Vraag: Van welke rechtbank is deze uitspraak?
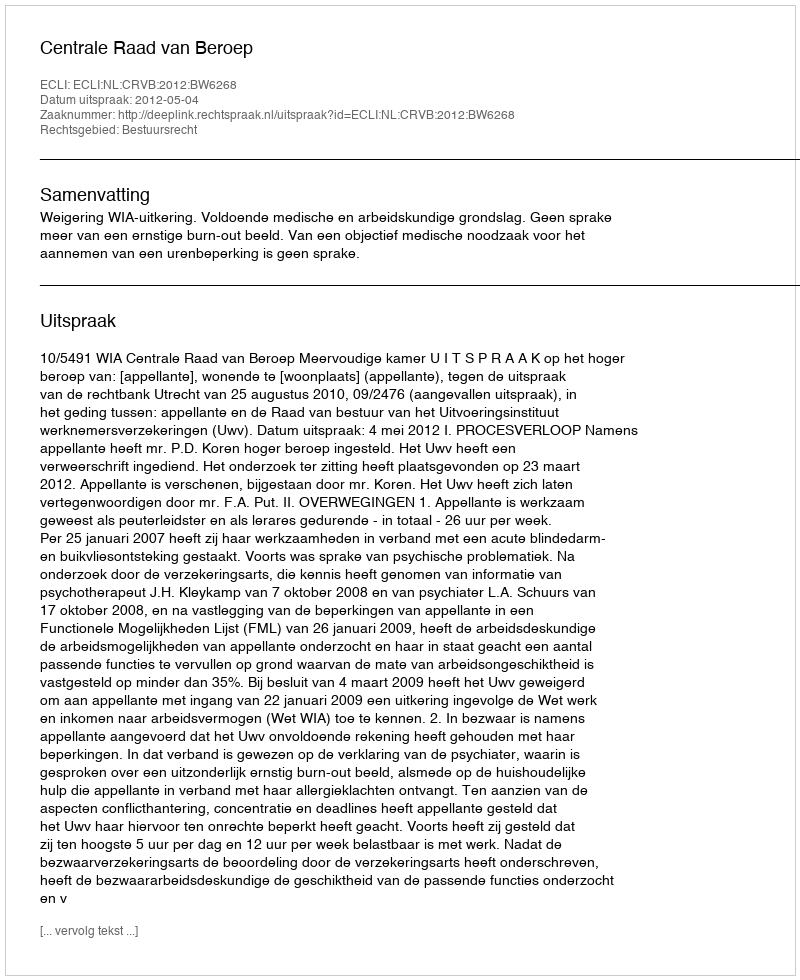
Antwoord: Centrale Raad van Beroep